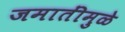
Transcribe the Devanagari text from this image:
जमातींमुळे